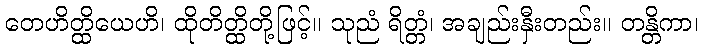
တေဟိတ္ထိယေဟိ၊ ထိုတိတ္ထိတို့ဖြင့်။ သုညံ ရိတ္တံ၊ အချည်းနှီးတည်း။ တန္တိကာ၊